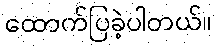
ထောက်ပြခဲ့ပါတယ်။